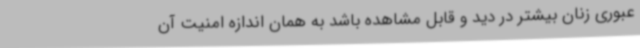
عبوری زنان بیشتر در دید و قابل مشاهده باشد به همان اندازه امنیت آن